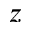
z